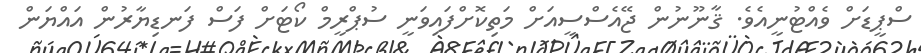
ސްޕީޑަށް ވެއްޓުނީއެވެ. ޤާނޫނުން ޖޭއެސްސީއަށް މަތިކޮށްފައިވަނީ ސުޕްރީމް ކޯޓަށް ފަސް ފަނޑިޔާރުން އައްޔަން